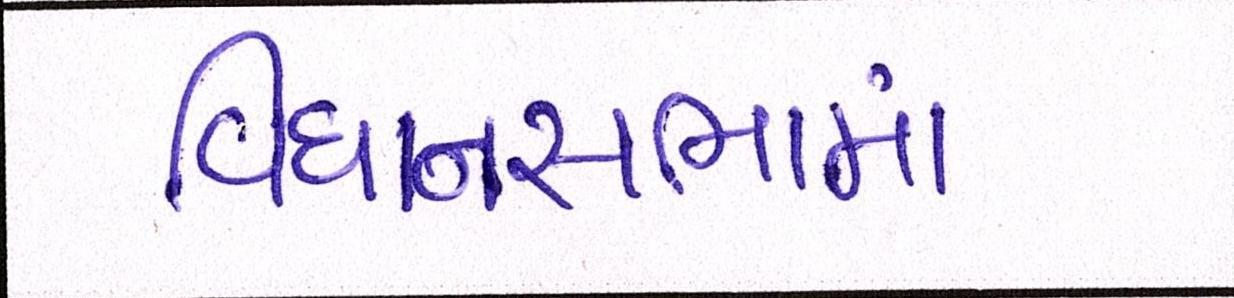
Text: વિધાનસભામાં